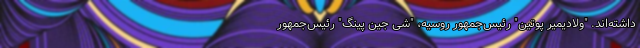
داشته‌اند. "ولادیمیر پوتین" رئیس‌جمهور روسیه، "شی جین پینگ" رئیس‌جمهور